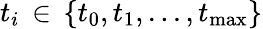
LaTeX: t_{i}\, \in\, \{ t_{0},t_{1},...,t_{\operatorname*{max}}\}